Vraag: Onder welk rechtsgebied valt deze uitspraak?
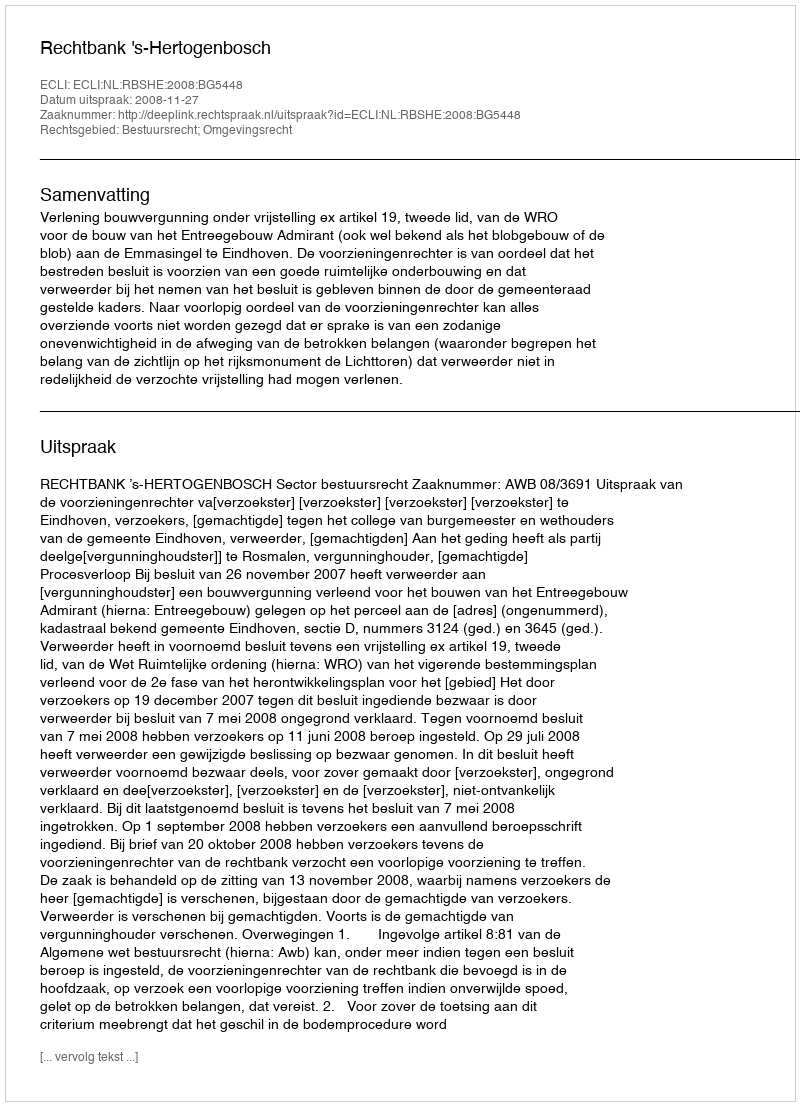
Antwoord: Bestuursrecht; Omgevingsrecht